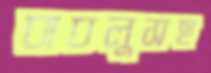
বাবলুসহ